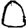
Digit: 0